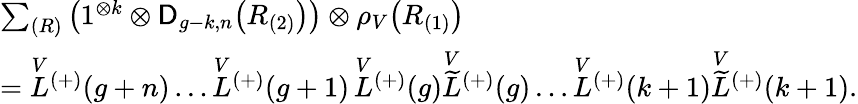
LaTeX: \begin{array}{l}{\sum_{(R)}\left(1^{\otimes k}\otimes\mathsf{D}_{g-k,n}\bigl(R_{(2)}\bigr)\right)\otimes\rho_{V}\bigl(R_{(1)}\bigr)}\\ {=\overset{V}{L}{^{(+)}}(g+n)\ldots\overset{V}{L}{^{(+)}}(g+1)\, \overset{V}{L}{^{(+)}}(g)\overset{V}{\widetilde{L}}{^{(+)}}(g)\ldots\overset{V}{L}{^{(+)}}(k+1)\overset{V}{\widetilde{L}}{^{(+)}}(k+1).}\end{array}